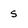
Character: 5